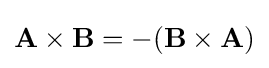
\mathbf {A} \times \mathbf {B} =\mathbf {-} (\mathbf {B} \times \mathbf {A} )